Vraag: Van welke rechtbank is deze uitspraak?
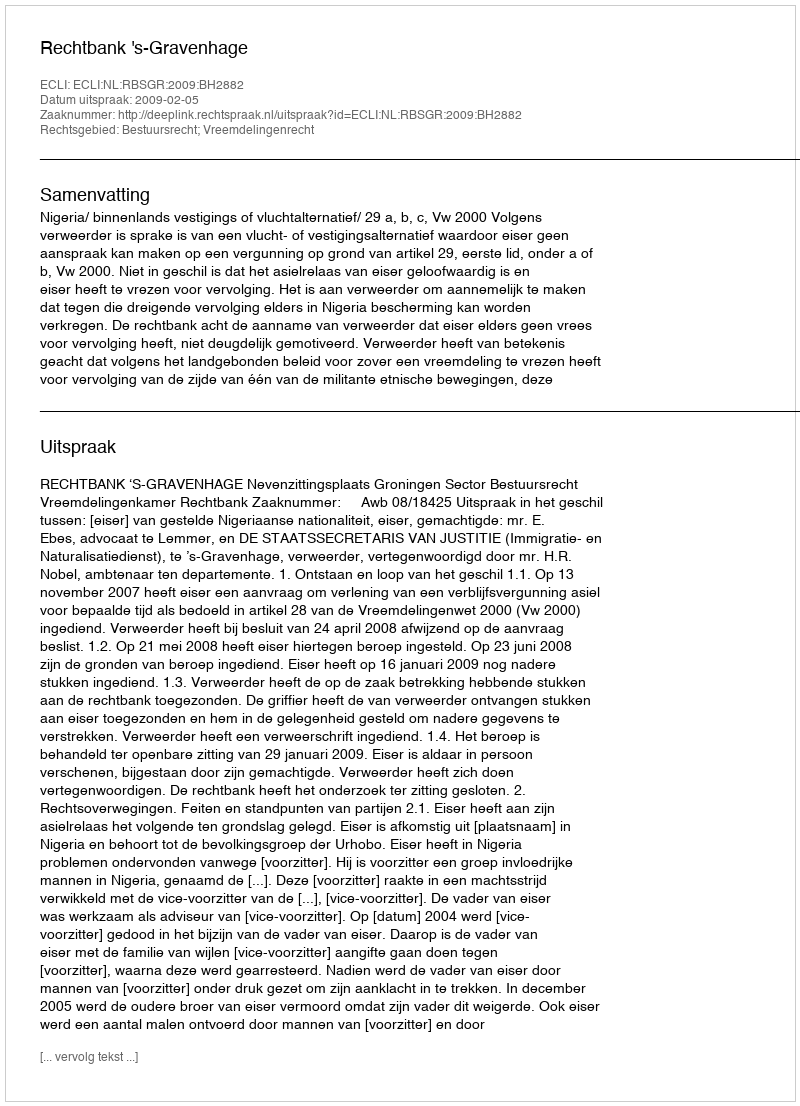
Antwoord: Rechtbank 's-Gravenhage